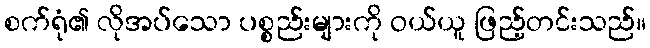
စက်ရုံ၏ လိုအပ်သော ပစ္စည်းများကို ဝယ်ယူ ဖြည့်တင်းသည်။